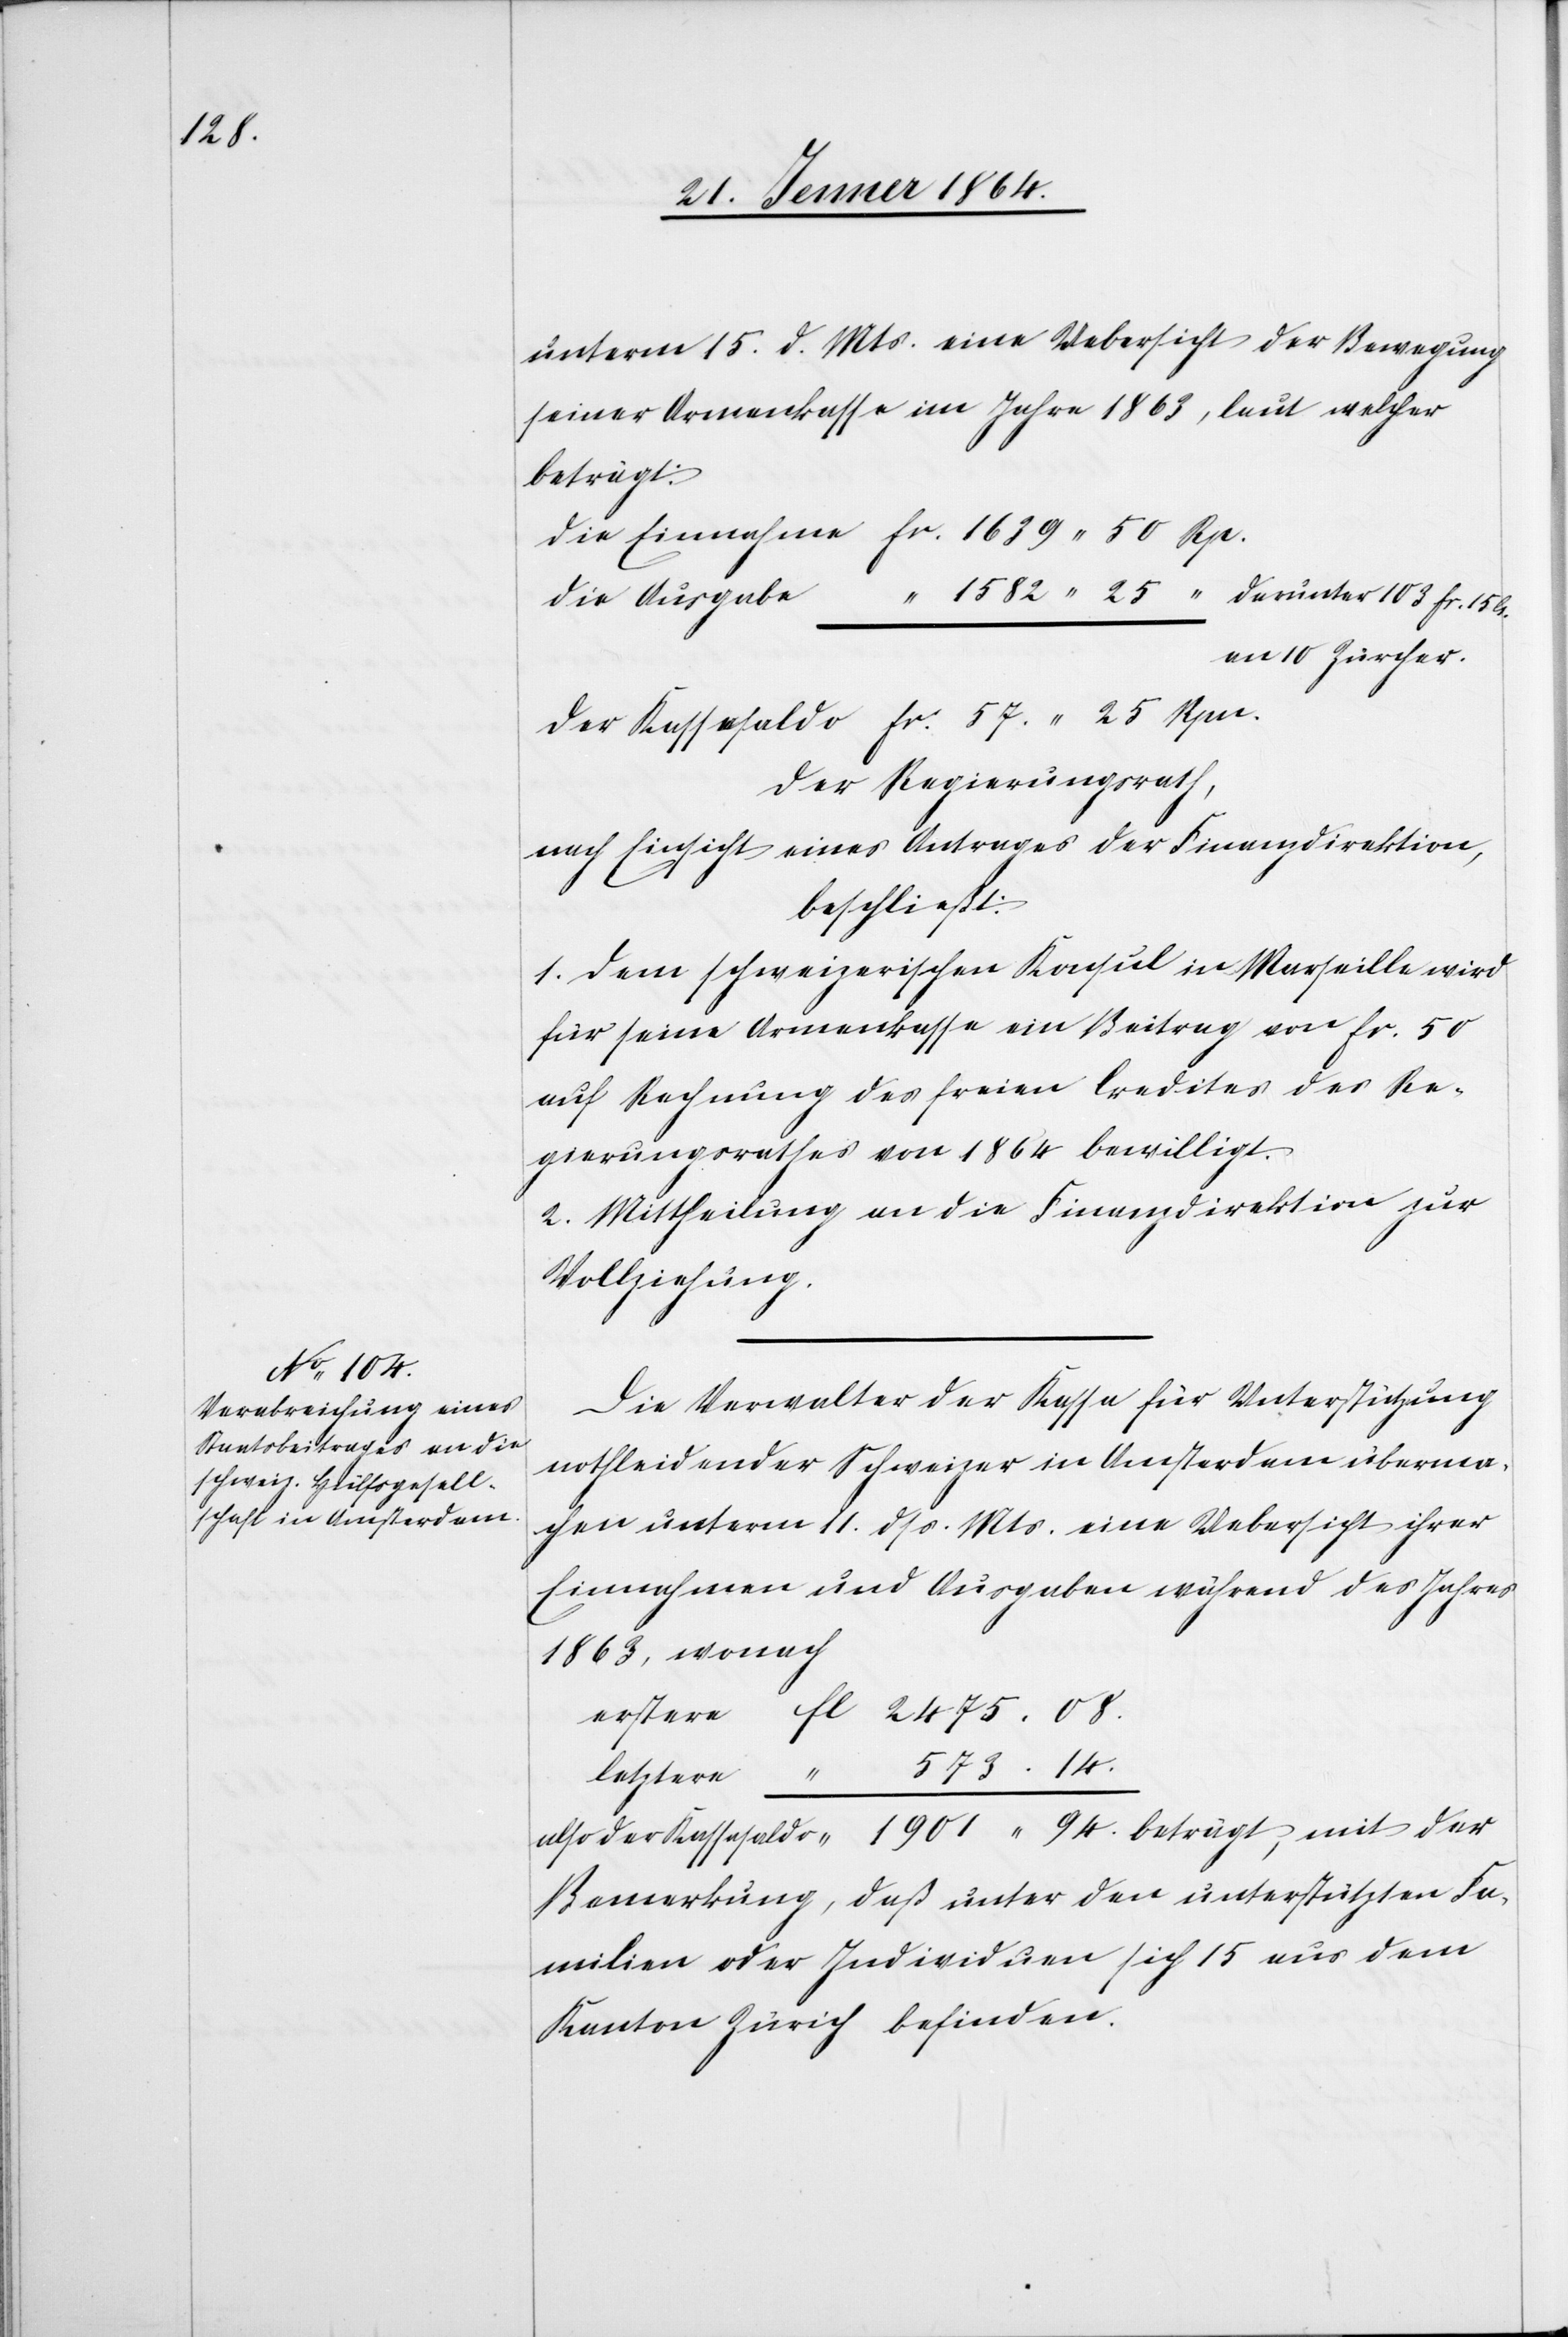
14.

unterm 15. d. Mts. eine Uebersicht der Bewegung
seiner Armenkasse im Jahre 1863, laut welcher
beträgt:
Die Einnahme		fr.	1639 50 Rp.
die Ausgabe		“		1582 25 “ darunter 103 fr. 15 Cs.
an 10 Zürcher.
Der Kassasaldo		fr.	 57.25 Rpn.
Der Regierungsrath,
nach Einsicht eines Antrages der Finanzdirektion,
beschließt:
1. Dem schweizerischen Konsul in Marseille wird
für seine Armenkasse ein Beitrag von fr. 50
auf Rechnung des freien Credites des Re¬
gierungsrathes von 1864 bewilligt.
2. Mittheilung an die Finanzdirektion zur
Vollziehung.
Die Verwalter der Kassa für Unterstützung
notleidender Schweizer in Amsterdam überma¬
chen unterm 11. dss. Mts. eine Uebersicht ihrer
Einnahmen und Ausgaben während des Jahres
1863, wonach
erstere		fl.	2475. 08.
also der Kassasaldo		“	1901 94. beträgt, mit der
Bemerkung, daß unter den unterstützten Fa¬
milien oder Individuen sich 15 aus dem
Kanton Zürich befinden.